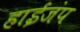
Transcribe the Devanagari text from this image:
हाईजंप